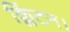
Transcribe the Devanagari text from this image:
क्लिंटन।